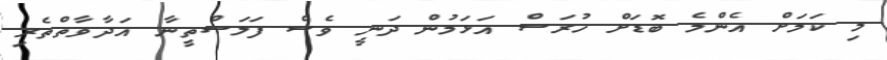
މި ކަމަށް އެންމެ ބޮޑަށް ހުރަސް އަޅަމުން ދަނީ ވެސް ފަލަސްތީނާ އަދާވާތްތެރި